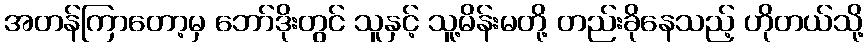
အတန်ကြာတော့မှ ဘော်ဒိုးတွင် သူနှင့် သူ့မိန်းမတို့ တည်းခိုနေသည့် ဟိုတယ်သို့